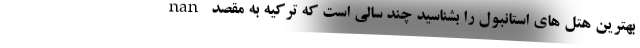
nan بهترین هتل های استانبول را بشناسید چند سالی است که ترکیه به مقصد